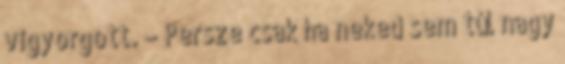
vigyorgott. – Persze csak ha neked sem túl nagy